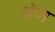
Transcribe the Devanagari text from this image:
अॅज